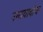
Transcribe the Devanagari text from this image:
उमायादांचा